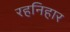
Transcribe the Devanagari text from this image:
रहनिहार